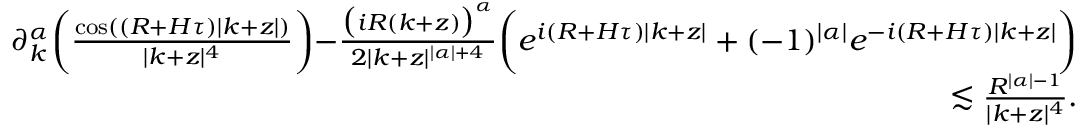
\begin{array} { r } { \partial _ { k } ^ { \alpha } \biggr ( \frac { \cos ( ( R + H \tau ) | k + z | ) } { | k + z | ^ { 4 } } \biggl ) - \frac { \bigr ( i R ( k + z ) \bigr ) ^ { \alpha } } { 2 | k + z | ^ { | \alpha | + 4 } } \biggr ( e ^ { i ( R + H \tau ) | k + z | } + ( - 1 ) ^ { | \alpha | } e ^ { - i ( R + H \tau ) | k + z | } \biggr ) } \\ { \lesssim \frac { R ^ { | \alpha | - 1 } } { | k + z | ^ { 4 } } . } \end{array}